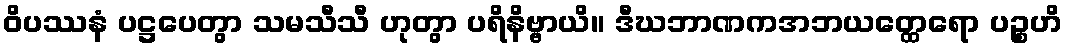
ဝိပဿနံ ပဋ္ဌပေတွာ သမသီသီ ဟုတွာ ပရိနိဗ္ဗာယိ။ ဒီဃဘာဏကအဘယတ္ထေရော ပဉ္စဟိ